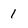
Character: I